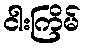
ငါးကြိမ်